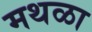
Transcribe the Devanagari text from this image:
मथळा